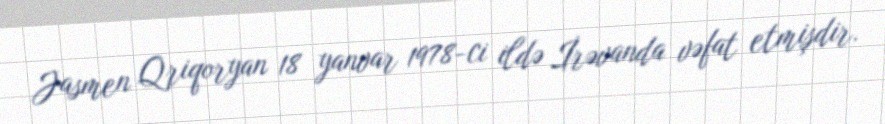
Jasmen Qriqoryan 18 yanvar 1978-ci ildə İrəvanda vəfat etmişdir.